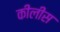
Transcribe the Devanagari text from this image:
कीलीस